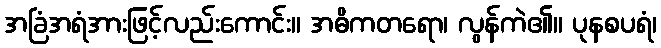
အခြံအရံအားဖြင့်လည်းကောင်း။ အဓိကတရော၊ လွန်ကဲ၏။ ပုနစပရံ၊